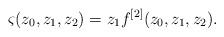
LaTeX: \begin{align*}\varsigma(z_0,z_1,z_2)=z_1 f^{[2]}(z_0,z_1,z_2).\end{align*}